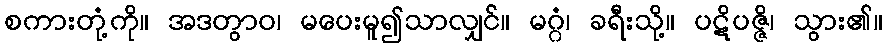
စကားတုံ့ကို။ အဒတွာဝ၊ မပေးမူ၍သာလျှင်။ မဂ္ဂံ၊ ခရီးသို့။ ပဋိပဇ္ဇိ၊ သွား၏။